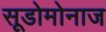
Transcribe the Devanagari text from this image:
सूडोमोनाज